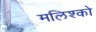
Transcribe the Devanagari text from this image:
मलिश्को